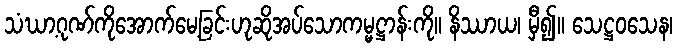
သံဃာ့ဂုဏ်ကိုအောက်မေ့ခြင်းဟုဆိုအပ်သောကမ္မဋ္ဌာန်းကို။ နိဿာယ၊ မှီ၍။ သေဋ္ဌဝသေန၊